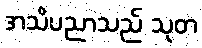
အသိပညာသည် သုတ